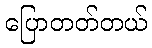
ပြောတတ်တယ်